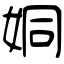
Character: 姛